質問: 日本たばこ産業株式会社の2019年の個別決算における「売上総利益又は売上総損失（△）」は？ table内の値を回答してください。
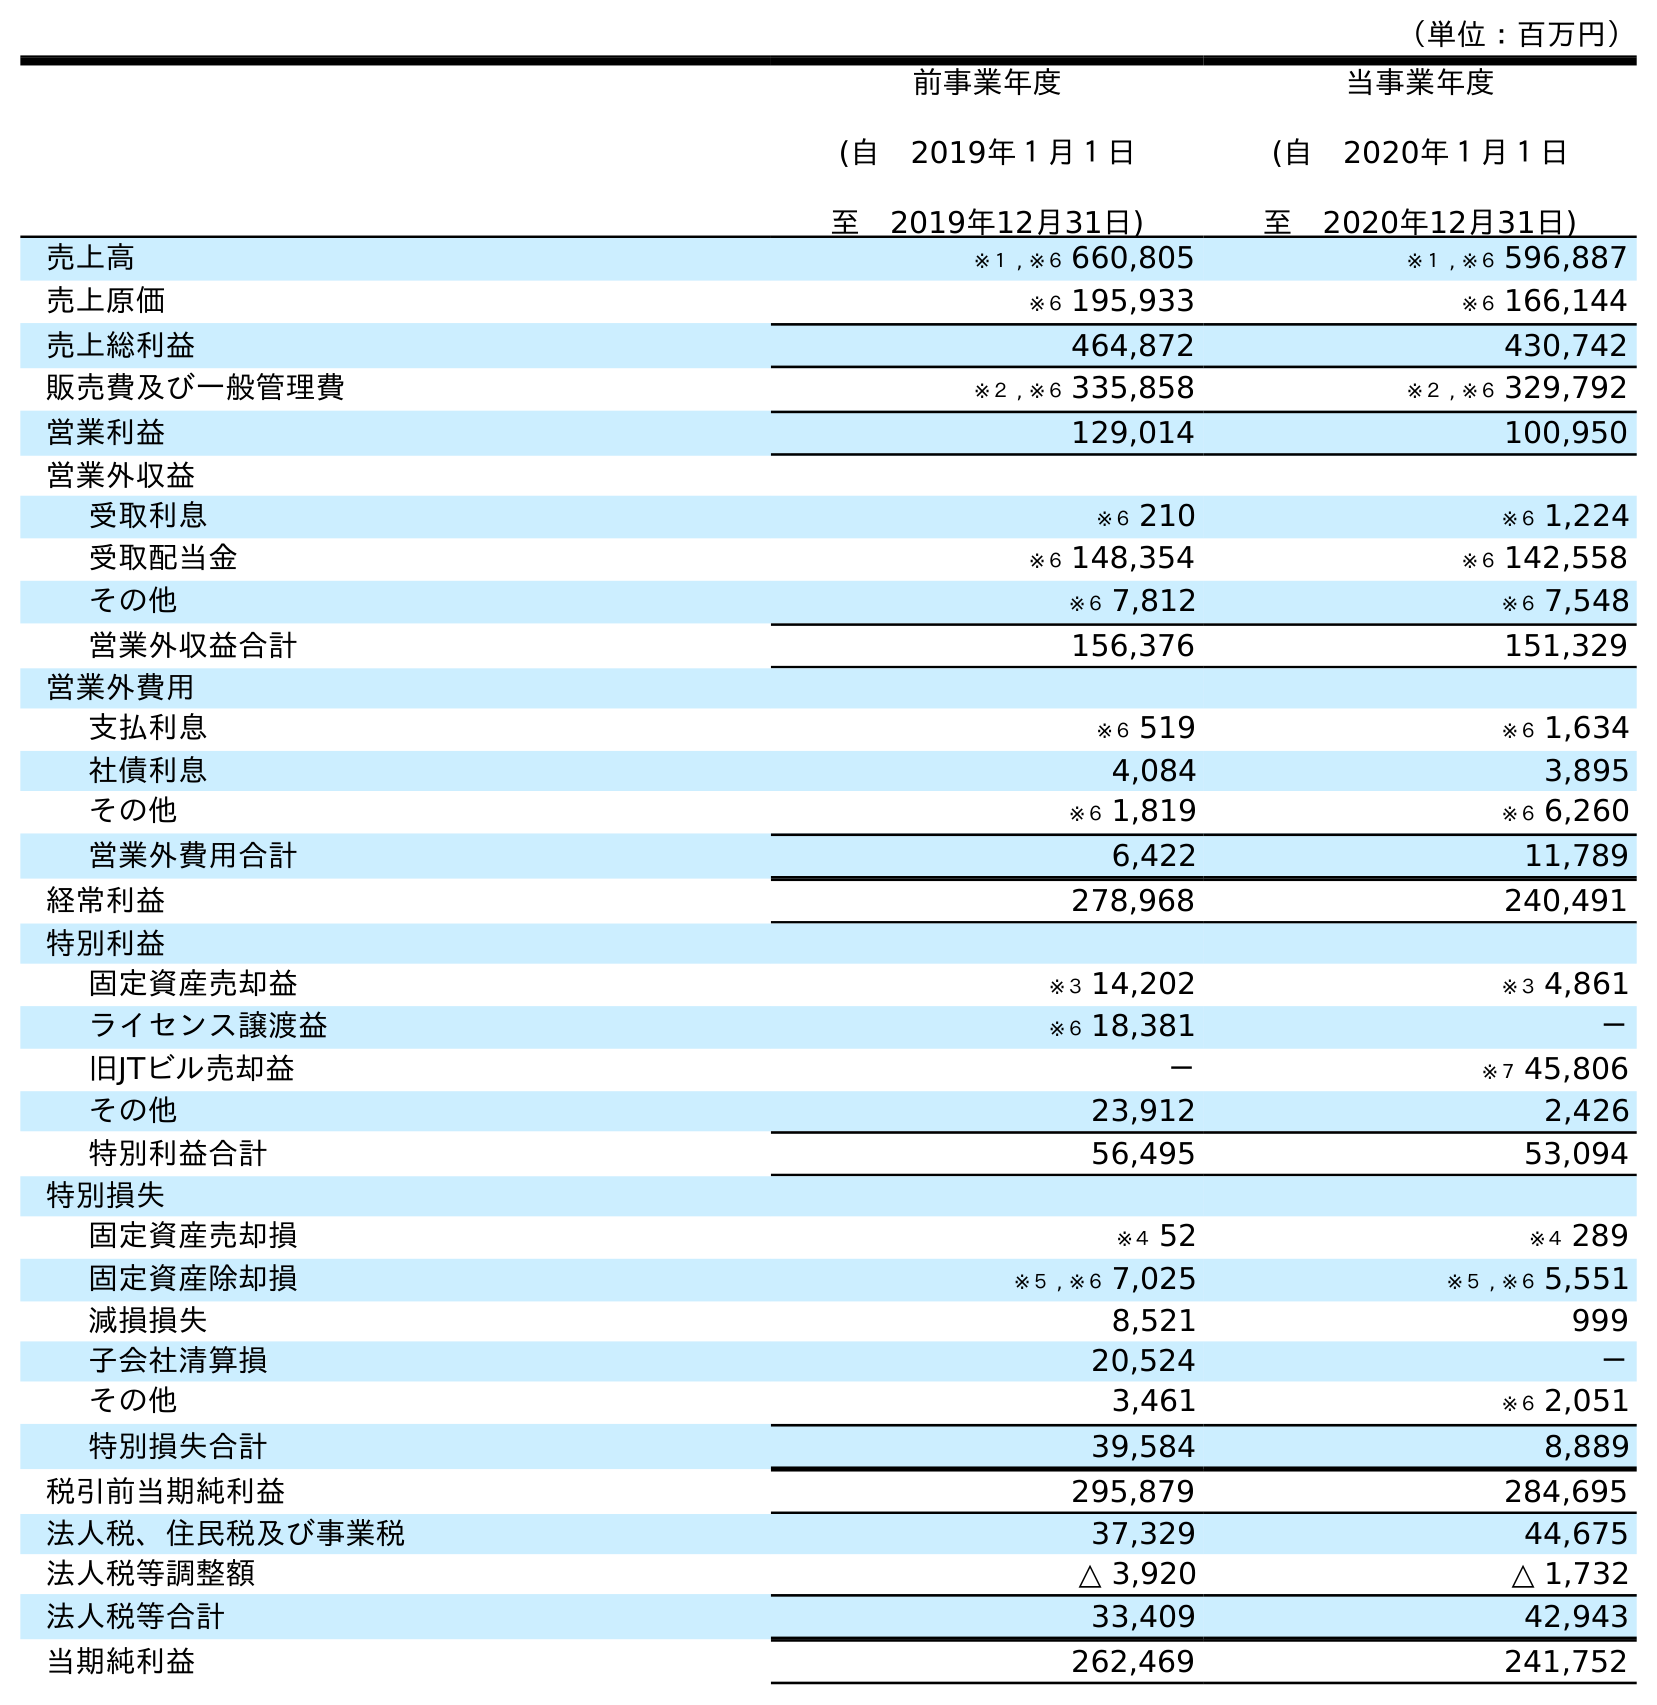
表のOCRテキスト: （単位：百万円） 前事業年度 (自 2019年１月１日 至 2019年12月31日) 当事業年度 (自 2020年１月１日 至 2020年12月31日) 売上高 ※１ , ※６ 660,805 ※１ , ※６ 596,887 売上原価 ※６ 195,933 ※６ 166,144 売上総利益 464,872 430,742 販売費及び一般管理費 ※２ , ※６ 335,858 ※２ , ※６ 329,792 営業利益 129,014 100,950 営業外収益 受取利息 ※６ 210 ※６ 1,224 受取配当金 ※６ 148,354 ※６ 142,558 その他 ※６ 7,812 ※６ 7,548 営業外収益合計 156,376 151,329 営業外費用 支払利息 ※６ 519 ※６ 1,634 社債利息 4,084 3,895 その他 ※６ 1,819 ※６ 6,260 営業外費用合計 6,422 11,789 経常利益 278,968 240,491 特別利益 固定資産売却益 ※３ 14,202 ※３ 4,861 ライセンス譲渡益 ※６ 18,381 － 旧JTビル売却益 － ※７ 45,806 その他 23,912 2,426 特別利益合計 56,495 53,094 特別損失 固定資産売却損 ※４ 52 ※４ 289 固定資産除却損 ※５ , ※６ 7,025 ※５ , ※６ 5,551 減損損失 8,521 999 子会社清算損 20,524 － その他 3,461 ※６ 2,051 特別損失合計 39,584 8,889 税引前当期純利益 295,879 284,695 法人税、住民税及び事業税 37,329 44,675 法人税等調整額 △ 3,920 △ 1,732 法人税等合計 33,409 42,943 当期純利益 262,469 241,752
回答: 464,872